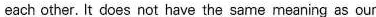
each other. It does not have the same meaning as our